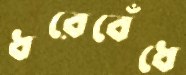
ধরেবেঁধে